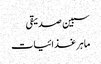
سبین صدیقی
ماہر غذائیات